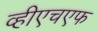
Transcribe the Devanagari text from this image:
व्हीएचएफ